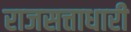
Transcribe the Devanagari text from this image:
राजसत्ताधारी